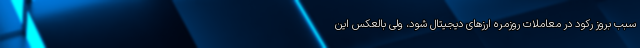
سبب بروز رکود در معاملات روزمره ارزهای دیجیتال شود، ولی بالعکس این